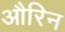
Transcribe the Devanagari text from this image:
औरिन